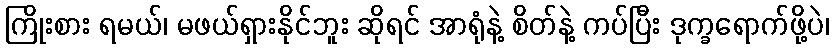
ကြိုးစား ရမယ်၊ မဖယ်ရှားနိုင်ဘူး ဆိုရင် အာရုံနဲ့ စိတ်နဲ့ ကပ်ပြီး ဒုက္ခရောက်ဖို့ပဲ၊